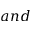
a n d